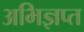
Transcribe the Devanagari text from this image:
अभिज्ञप्त